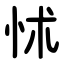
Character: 怵